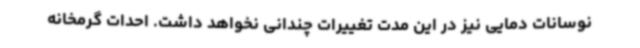
نوسانات دمایی نیز در این مدت تغییرات چندانی نخواهد داشت. احدات گرمخانه